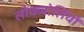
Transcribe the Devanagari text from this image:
लोकबोलियों